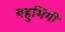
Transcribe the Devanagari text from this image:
बहुभिंगी